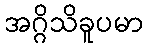
အဂ္ဂိသိခူပမာ